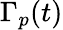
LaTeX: \Gamma_{p}(t)